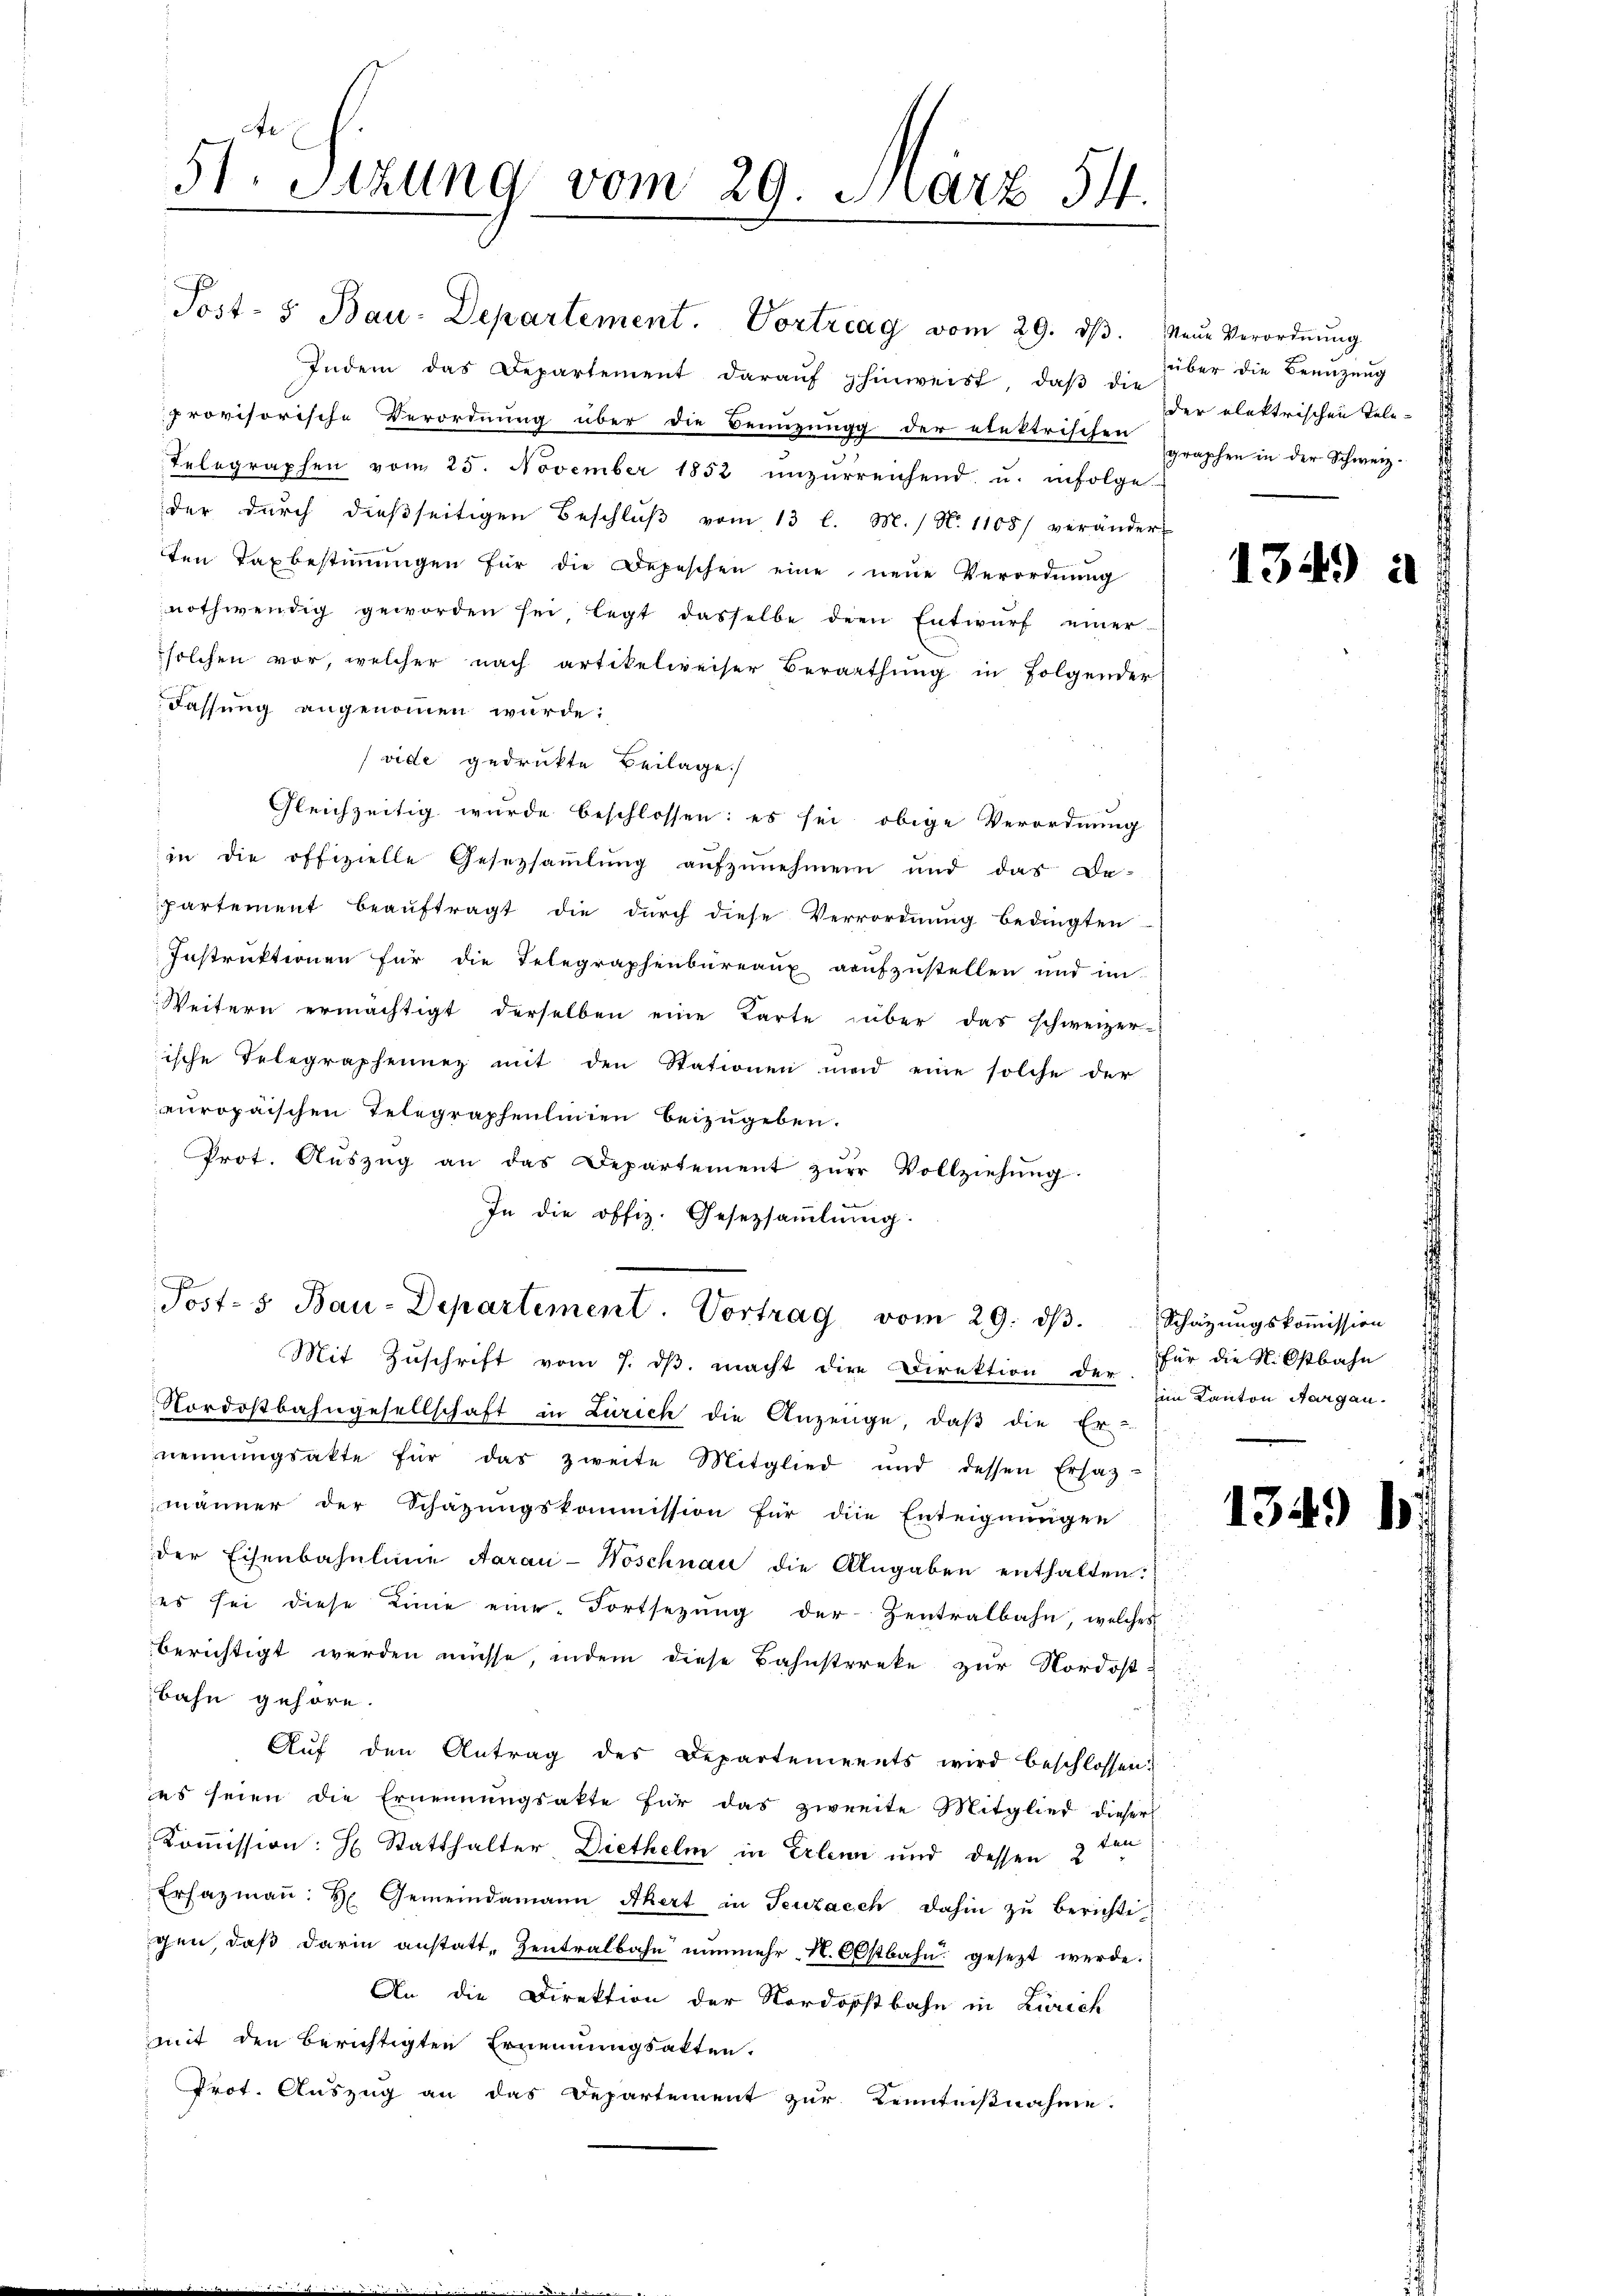
51. Setzung vom 29. März 54.

Indem das Departement daraŭf hinweist, daβ die
provisorische Verordnung über die Benuzung der elektrischen graphen in der Schweiz-
Telegraphen vom 25. November 1852 unzerreichend u. infolge-
der dŭrch dieβseitigen Beschlŭβ vom 13 l. M. / N. 1105) veränder-
ten Taxbestiṁŭngen für die Depeschen eine neue Verordnŭng
nothwendig geworden sei legt dasselbe den Entwŭrf einer-
solchen vor, welcher nach artikelweiser Berathŭng in folgender
Fassung angenommen würde:
(vide gedrukte Beilage.
Gleichzeitig wurde beschlossen: es sei obige Verordnung
in die offizielle Gesetzsaṁlŭng aŭfzŭnehmen und das De-
partement beauftragt die durch diese Verrordnung bedingten
Instruktionen für die Telegraphenbüreaux aaŭfzŭstellen und im
Weitern ermächtigt derselben eine Karte über das schweizer-
ische Telegraphenner mit den Stationen und eine solche der
europaischen Telegraphenlinien beizugeben.
Prot. Aŭszŭg an das Departement zŭr Vollziehŭng.
In die offiz. Gesetzsammlung.

Post- 5. Bau-Departement. Vortrag vom 29. dβ. Neue Verordnŭng

Posts Bau-Departement. Vortrag vom 29. dβ.

Mit Zŭschrift vom 7. dβ. macht die Direktion der Für die N. Ostbahn
Nordostbahngesellschaft in Zürich die Anzeige, daβ die Er-
nennungsakte für das zweite Mitglied und dessen Ersaz-
männer der Schazungskommission für die Enteignungen
der Eisenbahnlinie Aarau-Woschnau die Angaben enthalten:
es sei diese Linie eine Fortsetzung der Zentralbahn, welches
berichtigt werden müsse, indem diese Bahnstreke zur Nordost &
Bahn gehöre.
Aŭf den Antrag des Departements wird beschlossen.
es seien die Ernennungsakte für das zweite Mitglied dieser
Kommission: H. Statthalter Diethelm in Erlenn und dessen 2 ten
Erfazmaṅ: H. Gemeindamann Akert in Seuzacch dahin zŭ berichti
gen, daß darin anstatt-Zentralbahn nunmehr  N. Obstbahn gesezt werde.
An die Direktion der Nordostbahn in Zürich
mit den berichtigten Ernennungsakten.
Prot. Auszug an das Departement zur Kenntnißnahme.

über die Benuzung
der elektrischen Tele¬

1349.

Schazungskommission
im Kanton Aargau.

134.